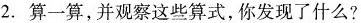
2.算一算，并观察这些算式，你发现了什么？